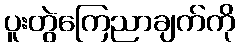
ပူးတွဲကြေညာချက်ကို